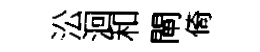
㳂洄和閘倚